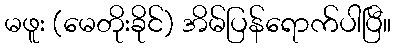
မဖူး (မေတိုးခိုင်) အိမ်ပြန်ရောက်ပါပြီ။